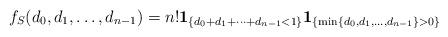
LaTeX: \begin{align*}f_S(d_0,d_1,\dots, d_{n-1})=n! {\bf 1}_{ \{d_0+d_1+\cdots +d_{n-1}<1\}} {\bf 1}_{ \{ \min \{d_0,d_1, \dots ,d_{n-1} \}>0\} }\end{align*}